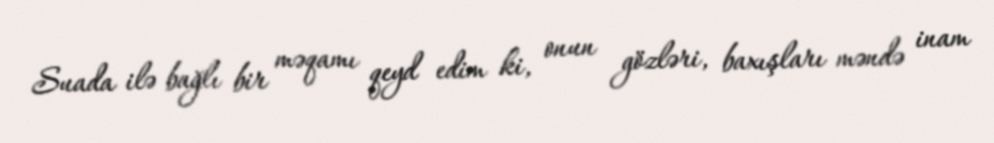
Suada ilə bağlı bir məqamı qeyd edim ki, onun gözləri, baxışları məndə inam